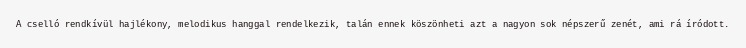
A cselló rendkívül hajlékony, melodikus hanggal rendelkezik, talán ennek köszönheti azt a nagyon sok népszerű zenét, ami rá íródott.